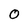
Character: O